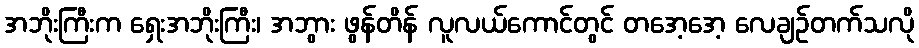
အဘိုးကြီးက ရှေးအဘိုးကြီး၊ အဘွား ဖွန်တိန် လူလယ်ကောင်တွင် တအေ့အေ့ လေချဉ်တက်သလို